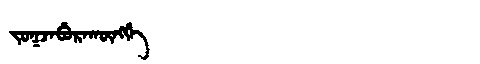
Manchu: ᠵᠣᡴᠵᠠᠪᡠᡵᠠᡴᡡᠩᡤᡝ
Romanization: JOKJABURAKŪNGGE